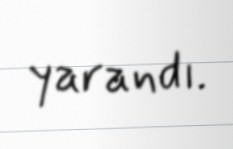
yarandı.